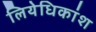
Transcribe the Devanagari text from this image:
लियेधिकांश